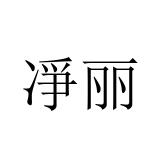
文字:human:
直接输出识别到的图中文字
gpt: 凈丽